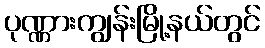
ပုဏ္ဏားကျွန်းမြို့နယ်တွင်